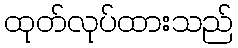
ထုတ်လုပ်ထားသည်